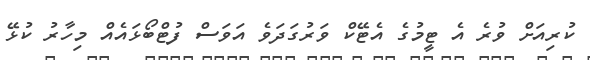
ކުރިއަށް ވުރެ އެ ޓީމުގެ އެޓޭކް ވަރުގަދަވެ އަވަސް ފުޓްބޯޅައެއް މިހާރު ކުޅޭ